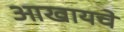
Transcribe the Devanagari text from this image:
आखायचे